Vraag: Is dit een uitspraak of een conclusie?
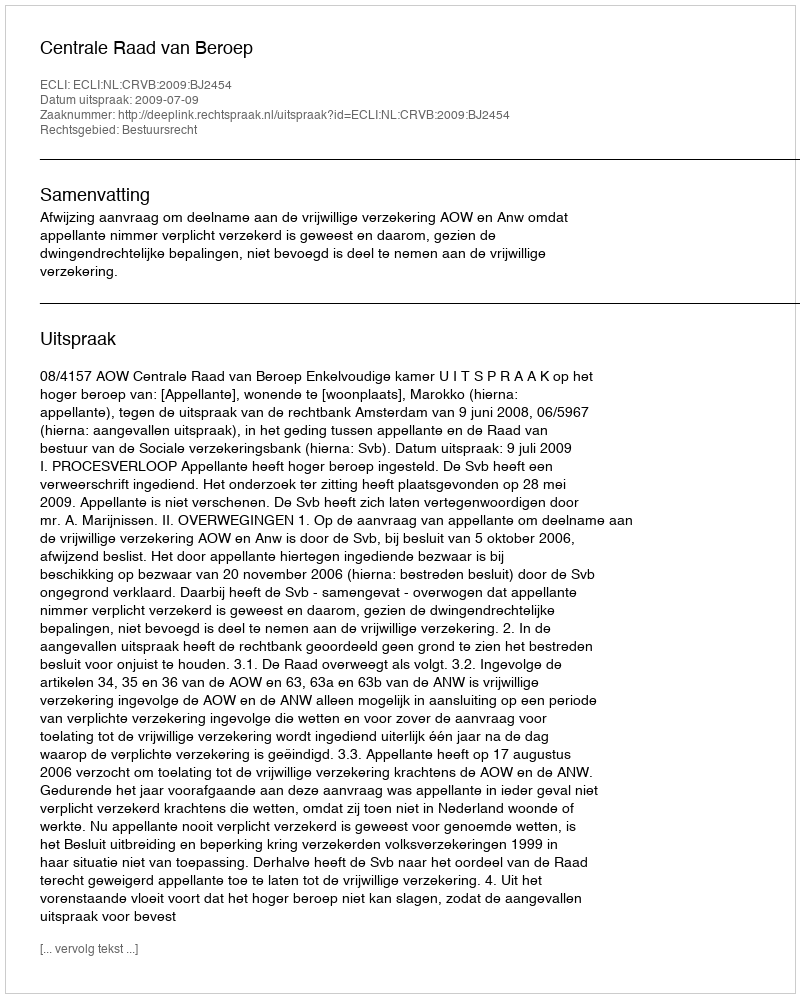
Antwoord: Uitspraak